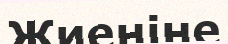
Жиеніне